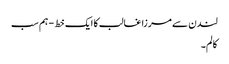
لندن سے مرزا غالب کا ایک خط - ہم سب
کالم۔